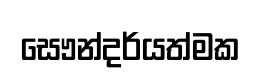
සෞන්දර්යත්මක